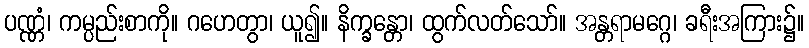
ပဏ္ဏံ၊ ကမ္ပည်းစာကို။ ဂဟေတွာ၊ ယူ၍။ နိက္ခန္တော၊ ထွက်လတ်သော်။ အန္တရာမဂ္ဂေ၊ ခရီးအကြား၌။